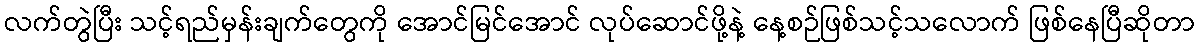
လက်တွဲပြီး သင့်ရည်မှန်းချက်တွေကို အောင်မြင်အောင် လုပ်ဆောင်ဖို့နဲ့ နေ့စဉ်ဖြစ်သင့်သလောက် ဖြစ်နေပြီဆိုတာ